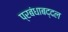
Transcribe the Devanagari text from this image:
प्रबंधाबद्दल